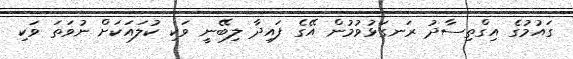
ގައުމުގެ އިގްތިސާދު ރަނގަޅުވުމުން އޭގެ ފައިދާ ލިބޭނީ ވަކި ކުލައަކަށް ނުވަތަ ވަކި